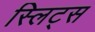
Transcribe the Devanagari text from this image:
स्लिट्स